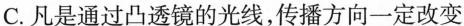
C.凡是通过凸透镜的光线，传播方向一定改变